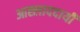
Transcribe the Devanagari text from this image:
आह्लाददायी